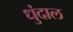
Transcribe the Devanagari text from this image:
धुंदाल